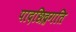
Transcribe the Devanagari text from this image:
पादछिद्रगति